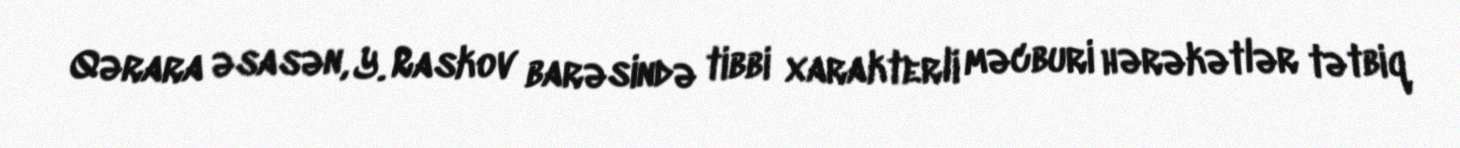
Qərara əsasən, Y. Raskov barəsində tibbi xarakterli məcburi hərəkətlər tətbiq